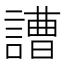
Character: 䜊